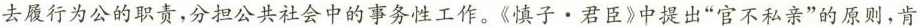
去履行为公的职责，分担公共社会中的事务性工作。《慎子 · 君臣》中提出”官不私亲”的原则，肯